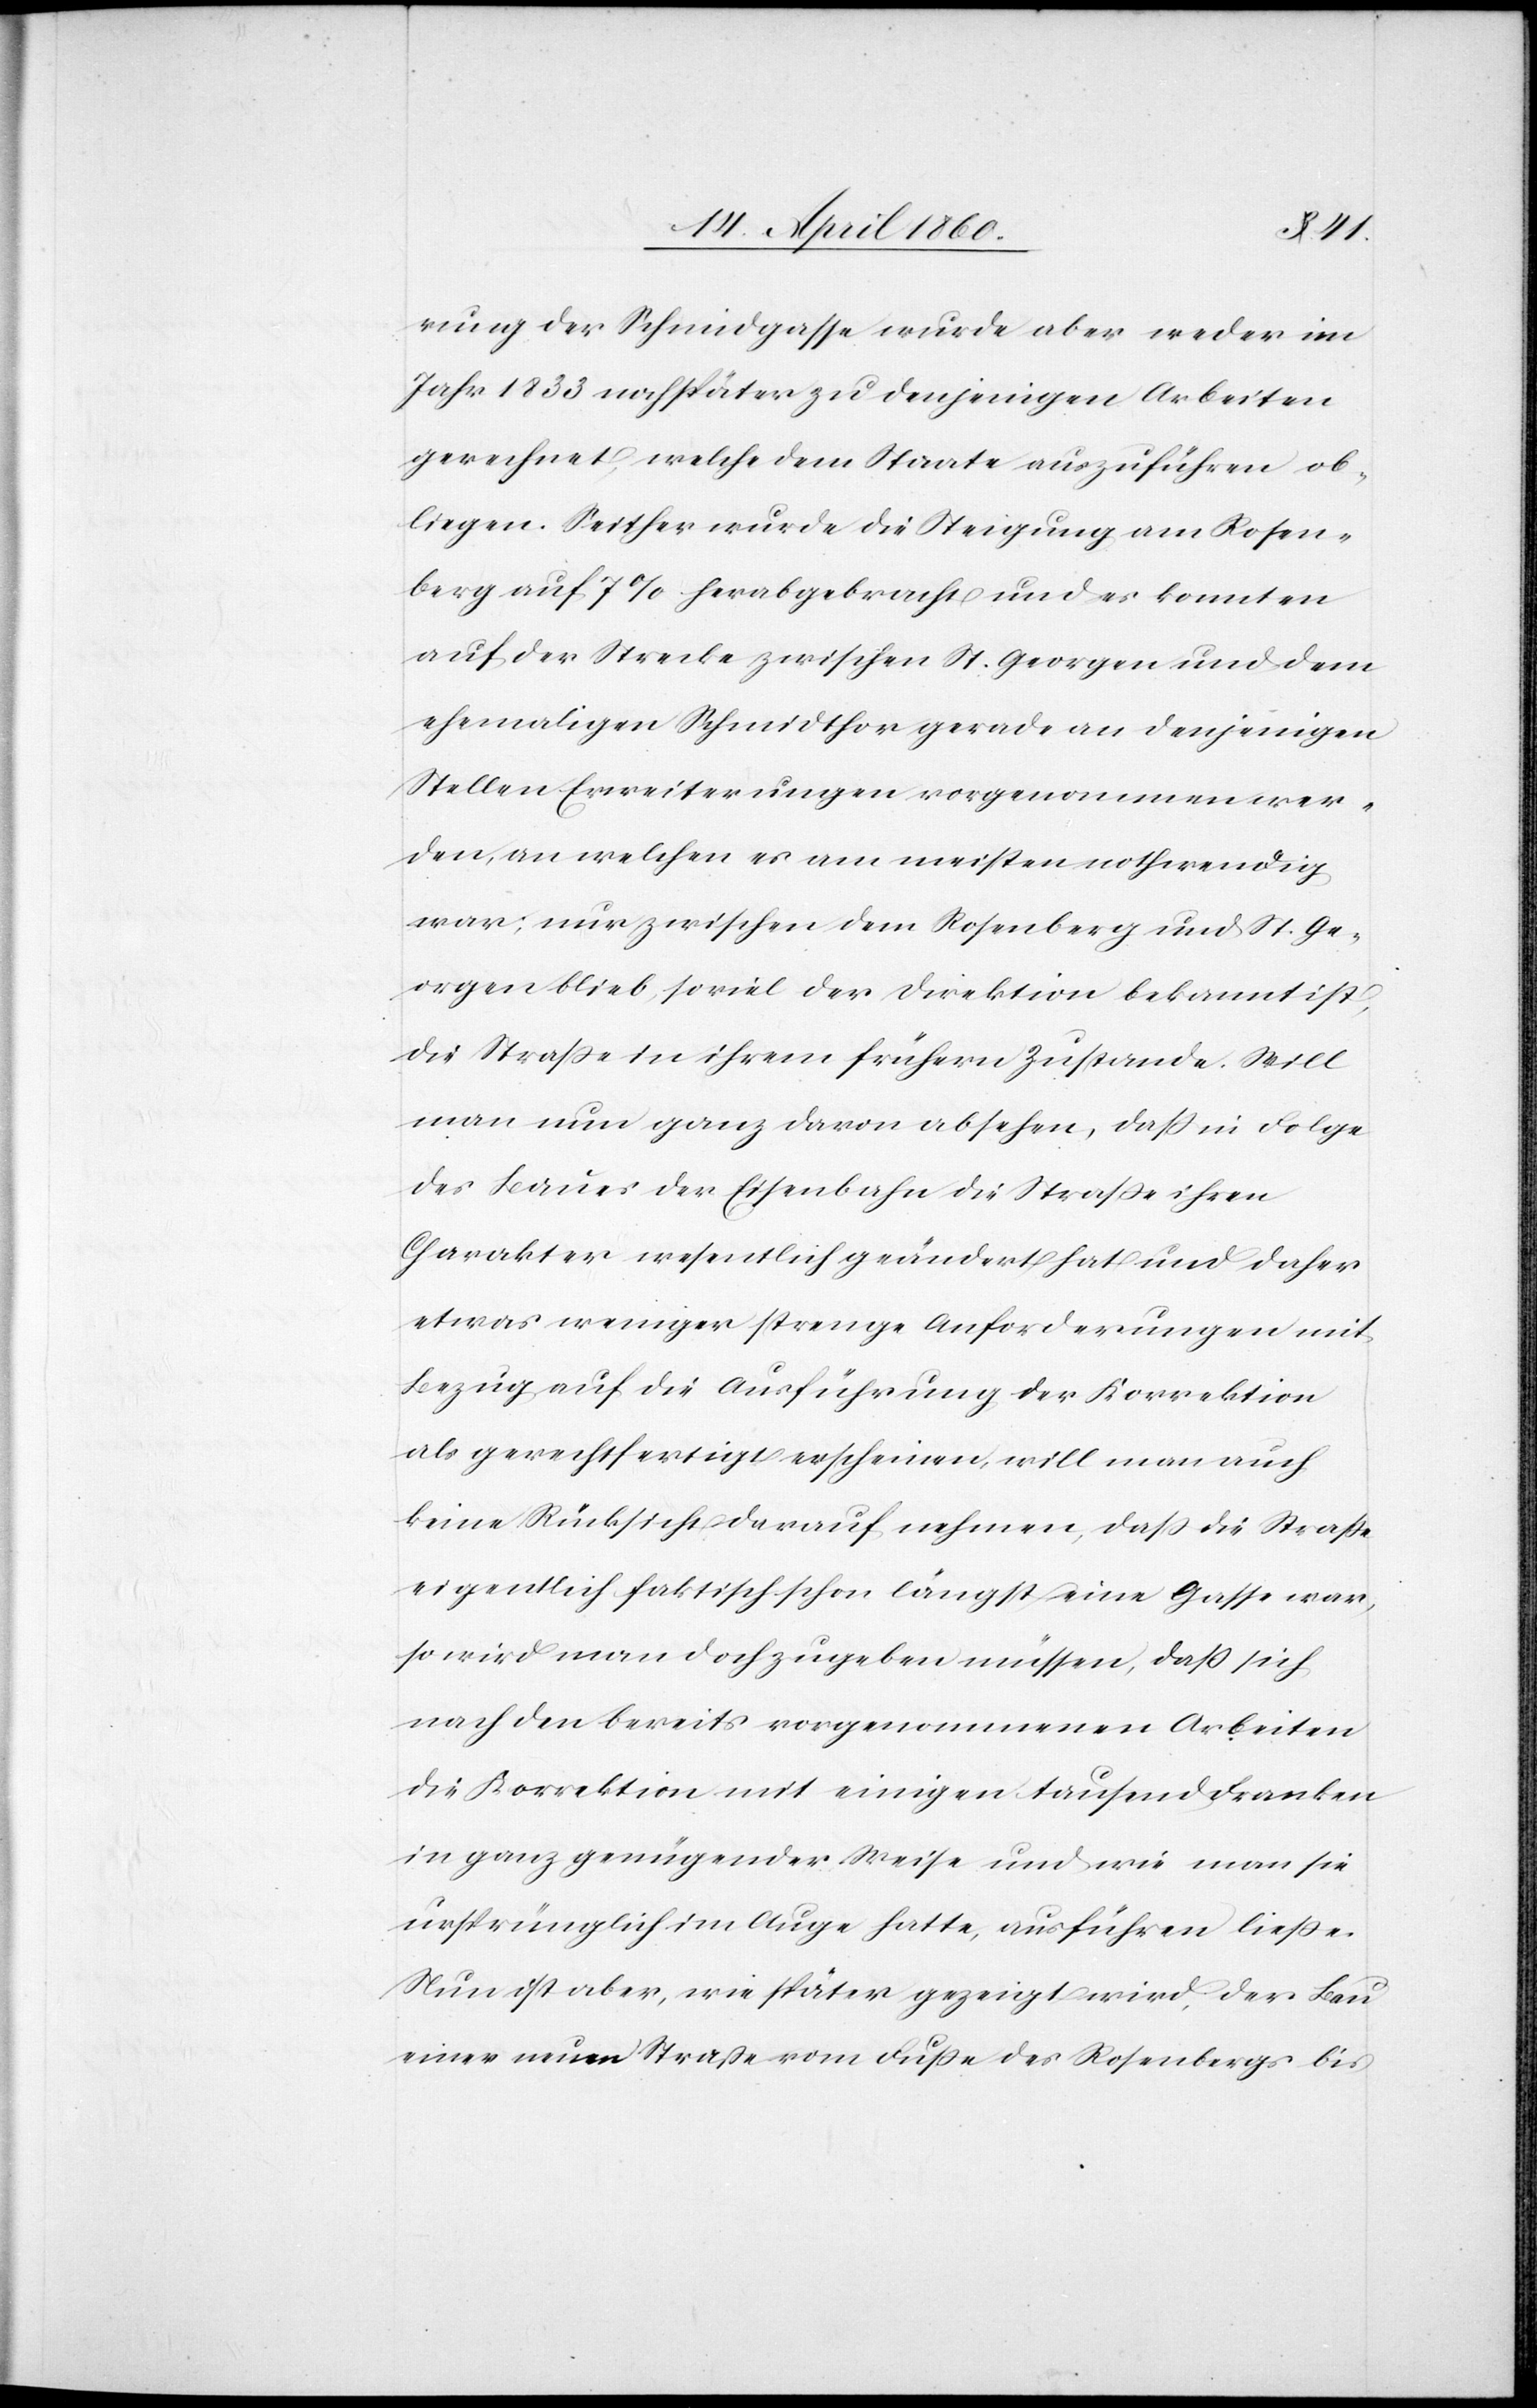
rung der Schmidgasse wurde aber weder im
Jahr 1833 noch später zu denjenigen Arbeiten
gerechnet, welche dem Staate auszuführen ob¬
liegen. Seither wurde die Steigung am Rosen¬
berg auf 7% herabgebracht und es konnten
auf der Strecke zwischen St. Georgen und dem
ehemaligen Schmidthor gerade an denjenigen
Stellen Erweiterungen vorgenommen wer¬
den, an welchen es am meisten nothwendig
war; nur zwischen dem Rosenberg und St. Ge¬
orgen blieb, soviel der Direktion bekannt ist,
die Strasse in ihrem frühern Zustande. Will
man nun ganz davon absehen, dass in Folge
des Baues der Eisenbahn die Strasse ihren
Charakter wesentlich geändert hat und daher
etwas weniger strenge Anforderungen mit
Bezug auf die Ausführung der Korrektion
als gerechtfertigt erscheinen, will man auch
keine Rücksicht darauf nehmen, dass die Strasse
eigentlich faktisch schon längst eine Gasse war,
so wird man doch zugeben müssen, dass sich
nach den bereits vorgenommenen Arbeiten
die Korrektion mit einigen tausend Franken
in ganz genügender Weise und wie man sie
ursprünglich im Auge hatte, ausführen ließe.
Nun ist aber, wie später gezeigt wird, der Bau
einer neuen Strasse vom Fusse des Rosenbergs bis